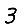
Digit: 3